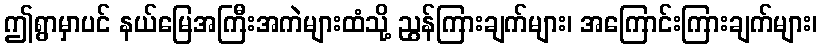
ဤရွာမှာပင် နယ်မြေအကြီးအကဲများထံသို့ ညွန်ကြားချက်များ၊ အကြောင်းကြားချက်များ၊